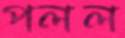
পলল